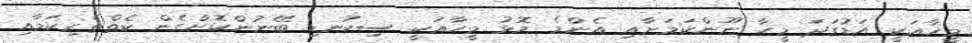
މީހާއަކީ އަޑުގަދަ މީހާ ނޫންކަމަށާއި އެންމެ މޮޅު މީހާއަކީ ސިކުނޑި ބޭނުންކޮށްގެން ކެތްތެރިކަމާއި